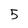
Character: 5